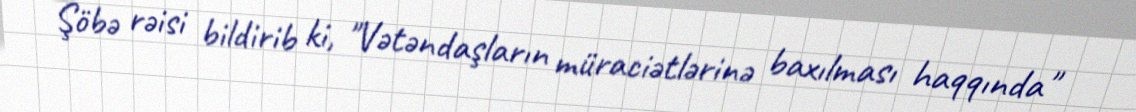
Şöbə rəisi bildirib ki, "Vətəndaşların müraciətlərinə baxılması haqqında"